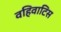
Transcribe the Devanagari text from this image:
वहिवाटिस